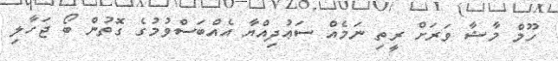
ހޫމް މާޝާ ވަރަށް ރީތި ނަމެއް ސަޢުދިއްޔާ އެއްބަސްވުމުގެ ގޮތުން ބޯ ޖަހާލި